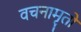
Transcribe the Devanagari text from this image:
वचनामृतों